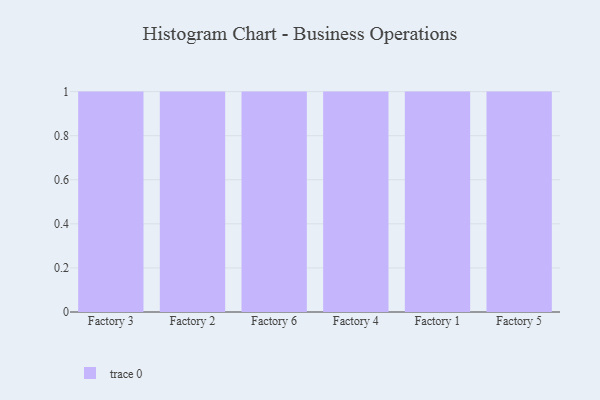
{"axis": {"x": "Factory", "y": "Temperature (°C)"}, "legend": [""], "data": [{"x": "Factory 3", "y": 72, "type": ""}, {"x": "Factory 2", "y": 3, "type": ""}, {"x": "Factory 6", "y": 32, "type": ""}, {"x": "Factory 4", "y": 19, "type": ""}, {"x": "Factory 1", "y": 77, "type": ""}, {"x": "Factory 5", "y": 69, "type": ""}]}